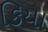
કિયા